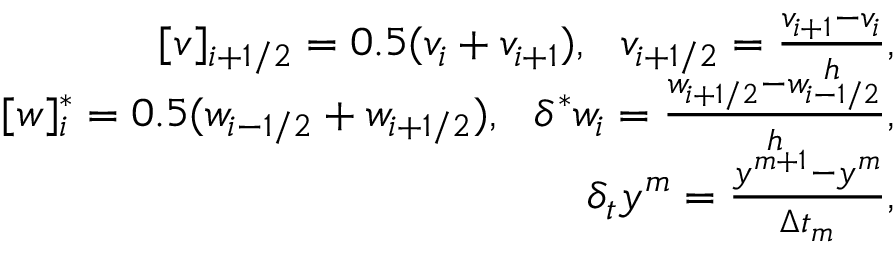
\begin{array} { r } { [ v ] _ { i + 1 / 2 } = 0 . 5 ( v _ { i } + v _ { i + 1 } ) , \ \ v _ { i + 1 / 2 } = \frac { v _ { i + 1 } - v _ { i } } { h } , } \\ { [ w ] _ { i } ^ { * } = 0 . 5 ( w _ { i - 1 / 2 } + w _ { i + 1 / 2 } ) , \ \ \delta ^ { * } w _ { i } = \frac { w _ { i + 1 / 2 } - w _ { i - 1 / 2 } } { h } , } \\ { \delta _ { t } y ^ { m } = \frac { y ^ { m + 1 } - y ^ { m } } { \Delta t _ { m } } , } \end{array}